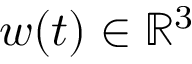
w ( t ) \in \mathbb { R } ^ { 3 }